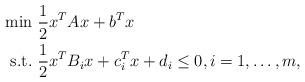
LaTeX: \begin{align*}\begin{aligned}\min&\ \frac{1}{2}x^TAx+b^Tx\\\mbox{s.t.}&\ \frac{1}{2}x^TB_ix+c_i^Tx+d_i\leq0,i=1,\dots,m,\end{aligned}\end{align*}